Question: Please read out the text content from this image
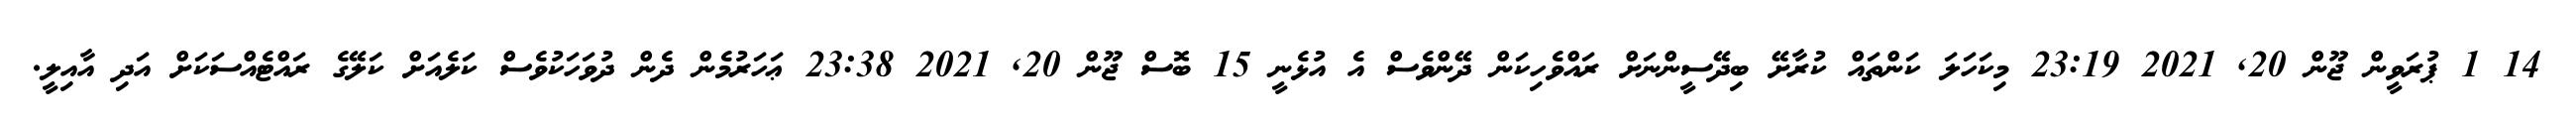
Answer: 14 1 ޕުރަވީން ޖޫން 20, 2021 23:19 މިކަހަލަ ކަންތައް ކުރާށޭ ބިދޭސީންނަށް ރައްވެހިކަން ދޭންވެސް އެ އުޅެނީ 15 ބޮސް ޖޫން 20, 2021 23:38 ޢަހަރުމެން ދެން ދުވަހަކުވެސް ކަލެއަށް ކަލޭގެ ރައްޓެއްސަކަށް އަދި އާއިލީ.